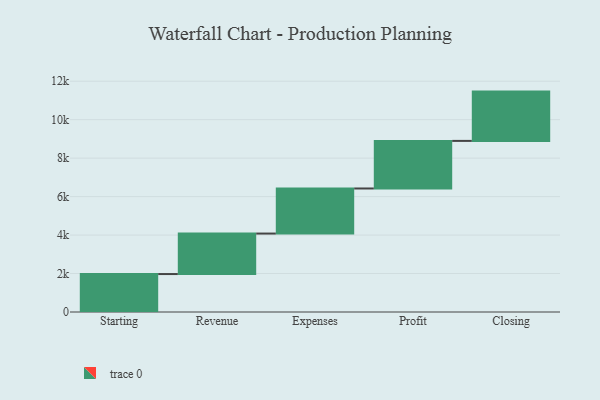
{"axis": {"x": "Step", "y": "Value"}, "legend": [""], "data": [{"x": "Starting", "y": 1973.0, "type": ""}, {"x": "Revenue", "y": 2105.0, "type": ""}, {"x": "Expenses", "y": 2344.0, "type": ""}, {"x": "Profit", "y": 2474.0, "type": ""}, {"x": "Closing", "y": 2563.0, "type": ""}]}